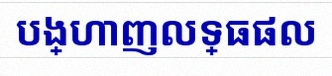
បង្ហាញលទ្ធផល